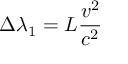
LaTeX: \Delta { \lambda } _ { 1 } = { L } { \frac { v ^ { 2 } } { c ^ { 2 } } }